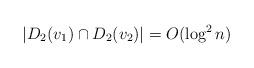
LaTeX: \begin{align*}|D_2(v_1) \cap D_2(v_2)| = O(\log^2 n)\end{align*}